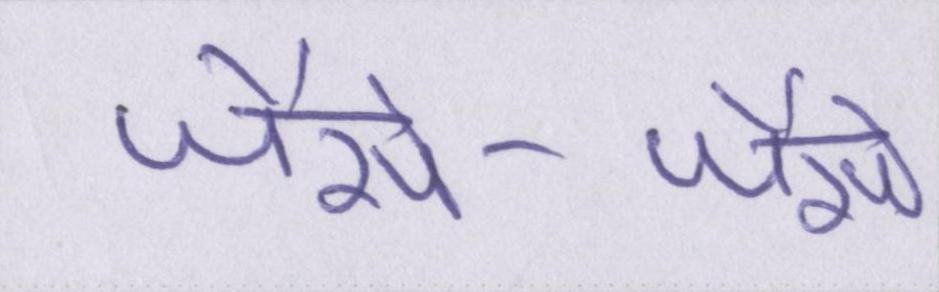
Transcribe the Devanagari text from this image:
जैसे-जैसे